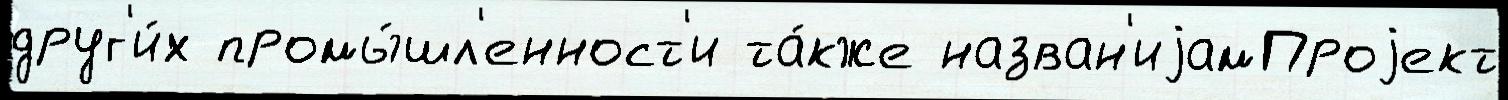
друг'и́х промы́шл'енност'и та́кже назван'иjамПроjект